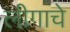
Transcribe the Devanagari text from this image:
लीगाचे